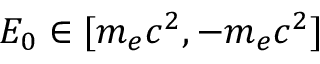
E _ { 0 } \in [ m _ { e } c ^ { 2 } , - m _ { e } c ^ { 2 } ]